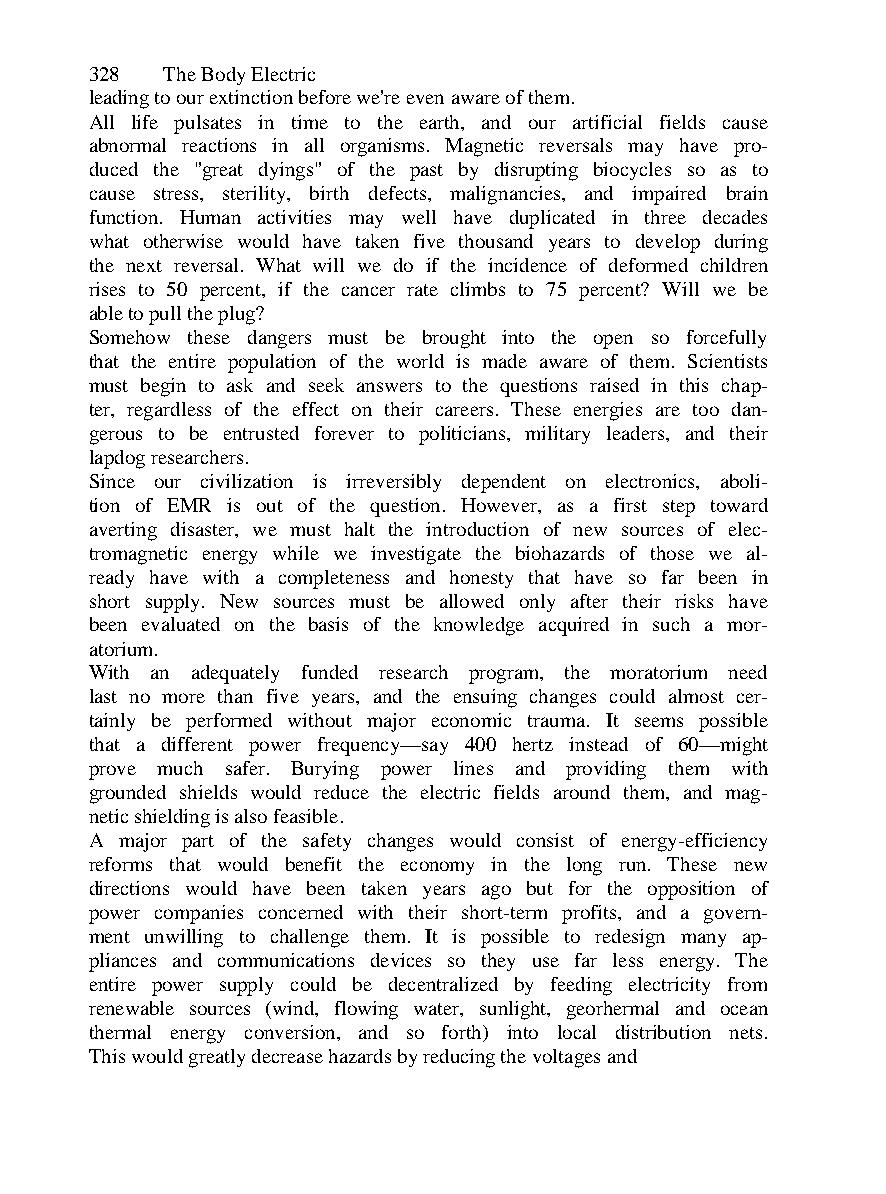
328  The Body Electric
 leading to our extinction before we're even aware of them.
 All life pulsates in time to the earth, and our artificial fields cause
 abnormal reactions in all organisms. Magnetic reversals may have pro-
 duced the "great dyings" of the past by disrupting biocycles so as to
 cause stress, sterility, birth defects, malignancies, and impaired brain
 function. Human activities may well have duplicated in three decades
 what otherwise would have taken five thousand years to develop during
 the next reversal. What will we do if the incidence of deformed children
 rises to 50 percent, if the cancer rate climbs to 75 percent? Will we be
 able to pull the plug?
 Somehow these dangers must be brought into the open so forcefully
 that the entire population of the world is made aware of them. Scientists
 must begin to ask and seek answers to the questions raised in this chap-
 ter, regardless of the effect on their careers. These energies are too dan-
 gerous to be entrusted forever to politicians, military leaders, and their
 lapdog researchers.
 Since our civilization is irreversibly dependent on electronics, aboli-
 tion of EMR is out of the question. However, as a first step toward
 averting disaster, we must halt the introduction of new sources of elec-
 tromagnetic energy while we investigate the biohazards of those we al-
 ready have with a completeness and honesty that have so far been in
 short supply. New sources must be allowed only after their risks have
 been evaluated on the basis of the knowledge acquired in such a mor-
 atorium.
 With an adequately funded research program, the moratorium need
 last no more than five years, and the ensuing changes could almost cer-
 tainly be performed without major economic trauma. It seems possible
 that a different power frequency—say 400 hertz instead of 60—might
 prove much safer. Burying power lines and providing them with
 grounded shields would reduce the electric fields around them, and mag-
 netic shielding is also feasible.
 A major part of the safety changes would consist of energy-efficiency
 reforms that would benefit the economy in the long run. These new
 directions would have been taken years ago but for the opposition of
 power companies concerned with their short-term profits, and a govern-
 ment unwilling to challenge them. It is possible to redesign many ap-
 pliances and communications devices so they use far less energy. The
 entire power supply could be decentralized by feeding electricity from
 renewable sources (wind, flowing water, sunlight, georhermal and ocean
 thermal energy conversion, and so forth) into local distribution nets.
 This would greatly decrease hazards by reducing the voltages and